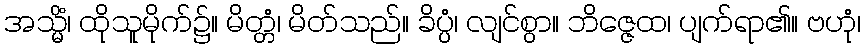
အသ္မိံ၊ ထိုသူမိုက်၌။ မိတ္တံ၊ မိတ်သည်။ ခိပ္ပံ၊ လျင်စွာ။ ဘိဇ္ဇေထ၊ ပျက်ရာ၏။ ဗဟုံ၊